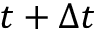
t + \Delta t